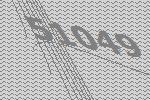
51049